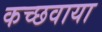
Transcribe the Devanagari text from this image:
कच्छवाया